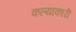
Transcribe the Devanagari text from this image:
कल्याकारी